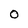
Character: 0